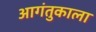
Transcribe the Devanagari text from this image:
आगंतुकाला